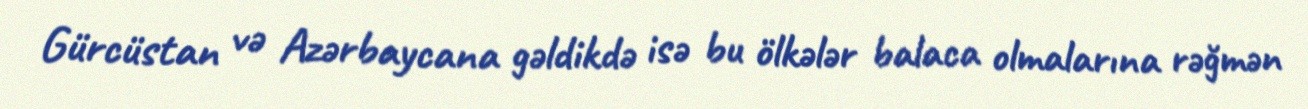
Gürcüstan və Azərbaycana gəldikdə isə bu ölkələr balaca olmalarına rəğmən